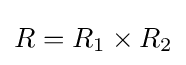
R=R_{1}\times R_{2}